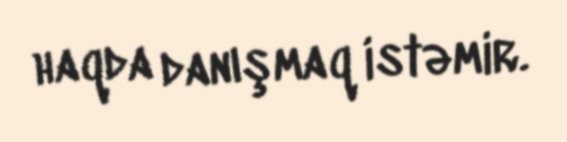
haqda danışmaq istəmir.